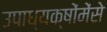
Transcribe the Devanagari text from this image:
उपाध्यक्षोंमेंसे